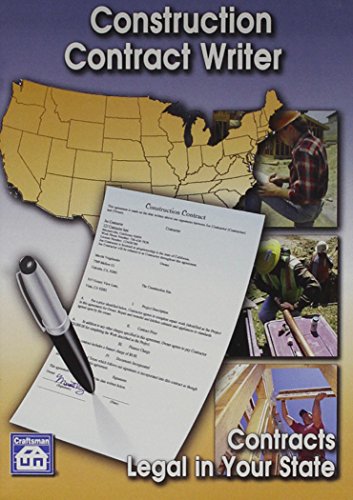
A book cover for Construction Contract Writer CD-ROM; Law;